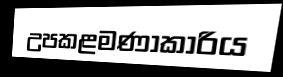
උපකළමණාකාරිය